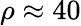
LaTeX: \rho\approx 40